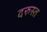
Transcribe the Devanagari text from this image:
दरुस्त